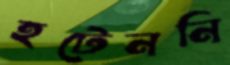
হটেননি